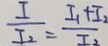
\frac { I } { I _ { 2 } } = \frac { I _ { 1 } + I _ { 2 } } { I _ { 2 } }